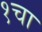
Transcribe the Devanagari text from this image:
१चा